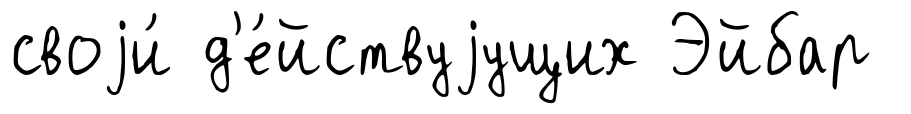
своjи́ д'е́йствуjущих Эйбар